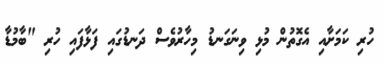
ހުރި ކަމަށާއި އެގޮތުން މުޅި ވިނަގަނޑު މިހާރުވެސް ދަނޑުގައި ފަޅާފައި ހުރި "ބާމުޑާ